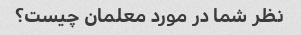
نظر شما در مورد معلمان چیست؟